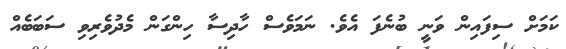
ކަމަށް ސިފައިން ވަނީ ބުނެފަ އެވެ. ނަމަވެސް ހާދިސާ ހިންގަން މެދުވެރިވި ސަބަބެއް